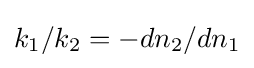
k_{1}/k_{2}=-dn_{2}/dn_{1}